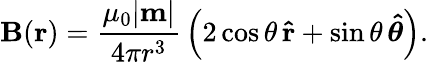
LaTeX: \mathbf{B}({\mathbf{r}})={\frac{\mu_{0}|\mathbf{m}|}{4\pi r^{3}}}\left(2\cos\theta\, \mathbf{\hat{r}}+\sin\theta\, {\boldsymbol{\hat{\theta}}}\right).